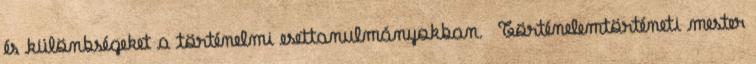
és különbségeket a történelmi esettanulmányokban. Történelemtörténeti mester